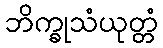
ဘိက္ခုသံယုတ္တံ